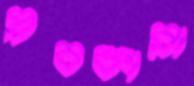
প্রবক্তারা